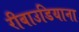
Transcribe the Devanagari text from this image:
रीबाउडियाना